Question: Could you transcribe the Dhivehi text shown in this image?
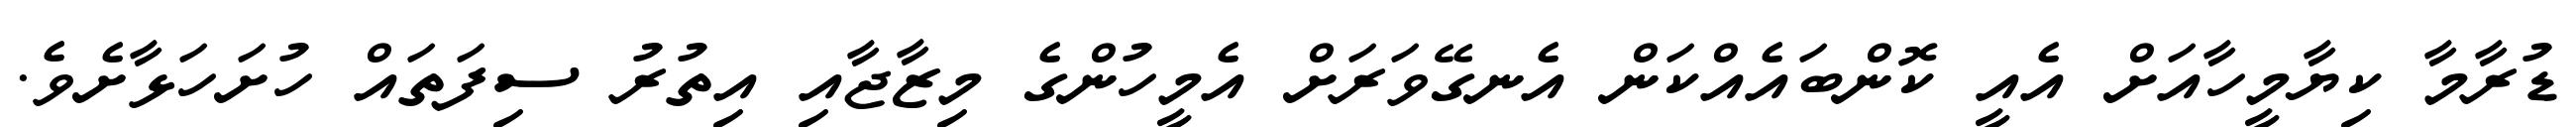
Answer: ޑުރާމާ ކިޔާމީހާއަށް އެއީ ކޮންބައެއްކަން އެނގޭވަރަށް އެމީހުންގެ މިޒާޖާއި އިތުރު ސިފަތައް ހުށަހަޅާށެވެ.